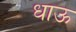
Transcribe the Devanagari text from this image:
धाऊ